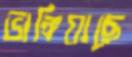
ভাঙ্গিয়াছে